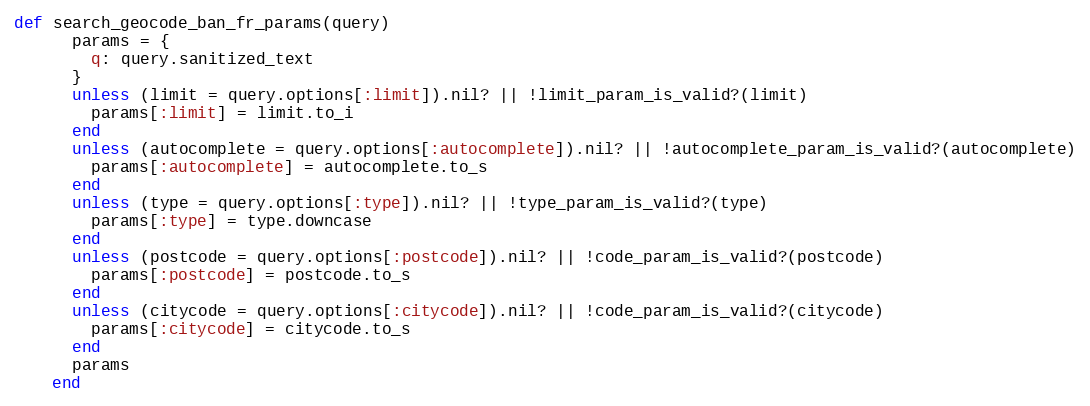
Language: Ruby
def search_geocode_ban_fr_params(query)
      params = {
        q: query.sanitized_text
      }
      unless (limit = query.options[:limit]).nil? || !limit_param_is_valid?(limit)
        params[:limit] = limit.to_i
      end
      unless (autocomplete = query.options[:autocomplete]).nil? || !autocomplete_param_is_valid?(autocomplete)
        params[:autocomplete] = autocomplete.to_s
      end
      unless (type = query.options[:type]).nil? || !type_param_is_valid?(type)
        params[:type] = type.downcase
      end
      unless (postcode = query.options[:postcode]).nil? || !code_param_is_valid?(postcode)
        params[:postcode] = postcode.to_s
      end
      unless (citycode = query.options[:citycode]).nil? || !code_param_is_valid?(citycode)
        params[:citycode] = citycode.to_s
      end
      params
    end